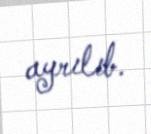
ayrılıb.